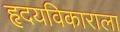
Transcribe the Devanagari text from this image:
हृदयविकाराला